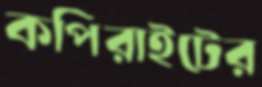
কপিরাইটের